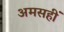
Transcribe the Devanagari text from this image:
अमसहीं